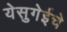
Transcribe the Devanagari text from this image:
येसुगेईचे